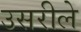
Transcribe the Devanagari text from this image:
उसरीले